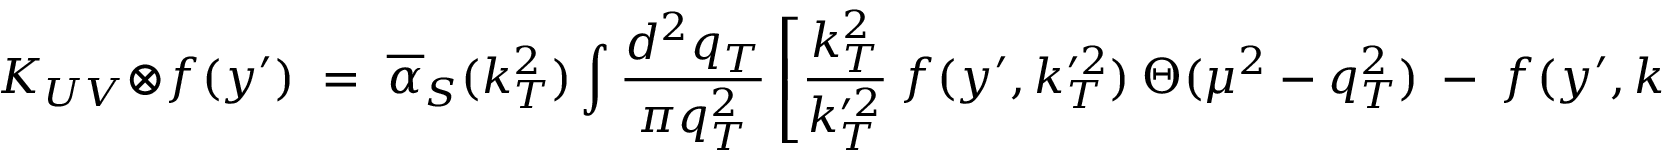
K _ { U V } \: \otimes \: f ( y ^ { \prime } ) \; = \; \overline { { { \alpha } } } _ { S } ( k _ { T } ^ { 2 } ) \: \int \: \frac { d ^ { 2 } q _ { T } } { \pi q _ { T } ^ { 2 } } \: \left[ \frac { k _ { T } ^ { 2 } } { k _ { T } ^ { \prime 2 } } \: f ( y ^ { \prime } , k _ { T } ^ { \prime 2 } ) \: \Theta ( \mu ^ { 2 } - q _ { T } ^ { 2 } ) \: - \: f ( y ^ { \prime } , k _ { T } ^ { 2 } ) \: \Theta ( k _ { T } ^ { 2 } - q _ { T } ^ { 2 } ) \right] ,